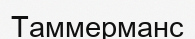
Таммерманс